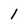
Character: l